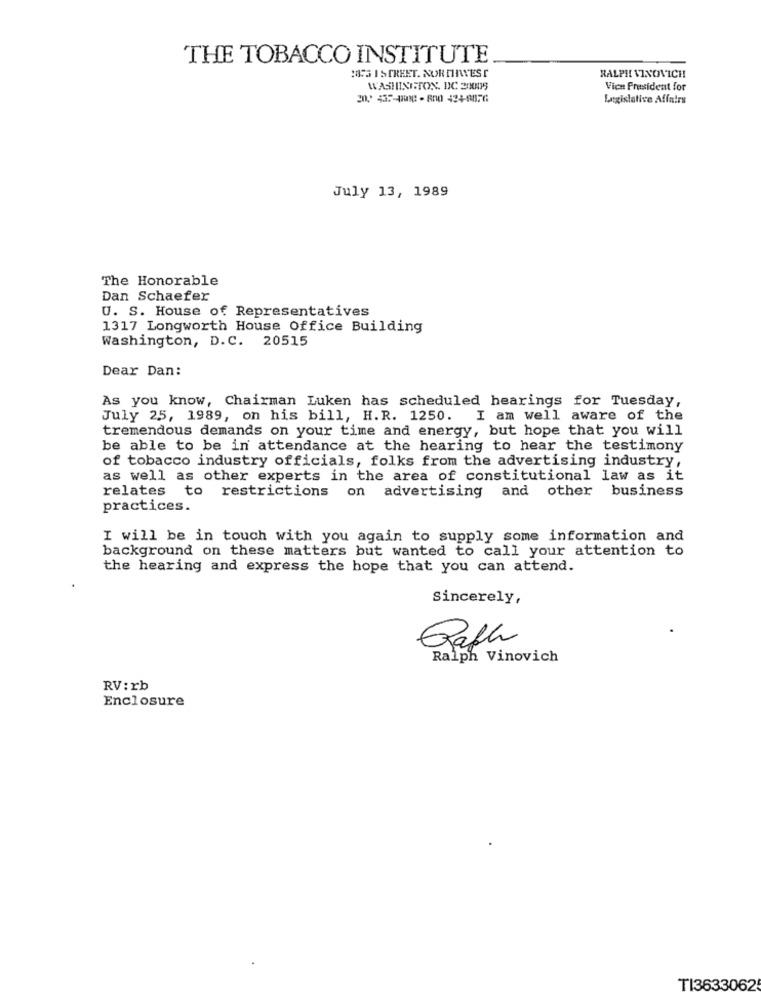
THE TOBACCO INSTITUTE
1875 I STREET. NOR DINVEST
RALPH VINOVICH
WASHINGTON, DC 2010015
Vice President for
Legislative Affairs
July 13, 1989
The Honorable
Dan Schaefer
U. S. House of Representatives
1317 Longworth House Office Building
Washington, D.C. 20515
Dear Dan:
As you know, Chairman Luken has scheduled hearings for Tuesday,
July 25, 1989, on his bill, H.R. 1250. I am well aware of the
tremendous demands on your time and energy, but hope that you will
be able to be in attendance at the hearing to hear the testimony
of tobacco industry officials, folks from the advertising industry,
as well as other experts in the area of constitutional law as it
relates to restrictions on advertising and other business
practices.
I will be in touch with you again to supply some information and
background on these matters but wanted to call your attention to
the hearing and express the hope that you can attend.
Sincerely,
Qafh
Ralph Vinovich
RV:rb
Enclosure
TI3633062